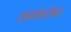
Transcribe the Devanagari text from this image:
ठशांबरोबर